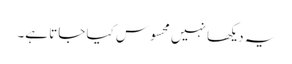
یہ دیکھا نہیں محسوس کیا جاتا ہے۔